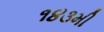
૧૪૩મી